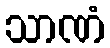
သာဏံ